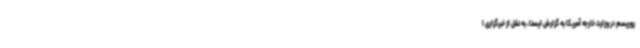
روریسم در وزارت خارجه آمریکا به گزارش ایسنا، به نقل از خبرگزاری ا